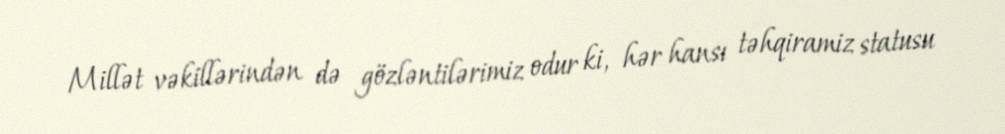
Millət vəkillərindən də gözləntilərimiz odur ki, hər hansı təhqiramiz statusu